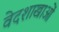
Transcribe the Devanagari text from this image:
वेदशाखाओं